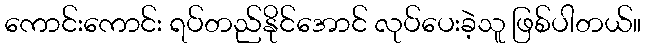
ကောင်းကောင်း ရပ်တည်နိုင်အောင် လုပ်ပေးခဲ့သူ ဖြစ်ပါတယ်။